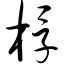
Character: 桴